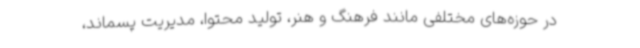
در حوزه‌های مختلفی مانند فرهنگ و هنر، تولید محتوا، مدیریت پسماند،